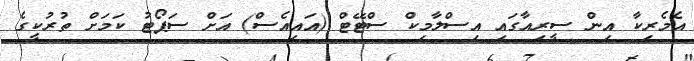
އެމެރިކާ އިން ސީރިއާގައި އިސްލާމިކް ސްޓޭޓް (އައިއެސް) އަށް ސަޕޯޓު ކަމަށް ތުރުކީގެ